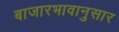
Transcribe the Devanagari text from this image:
बाजारभावानुसार